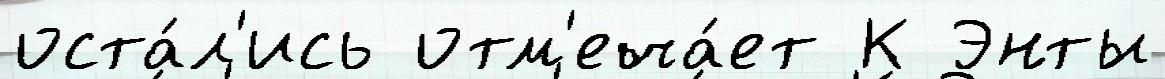
оста́л'ись отм'еча́ет К Энты